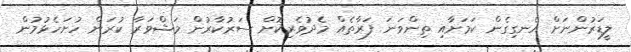
ލީޑަރުންނަށް އެނގިގެން ކަމަށާއި ތިންވަނަ ފަރާތެއް މެދުވެރިކޮށް ސަރުކާރުން މަޝްވަރާ ކުރަން ހުށަހެޅުމުން